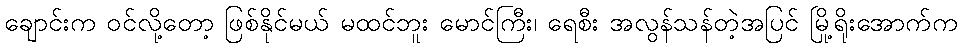
ချောင်းက ဝင်လို့တော့ ဖြစ်နိုင်မယ် မထင်ဘူး မောင်ကြီး၊ ရေစီး အလွန်သန်တဲ့အပြင် မြို့ရိုးအောက်က